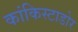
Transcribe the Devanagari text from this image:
कांकिस्टाडोर